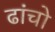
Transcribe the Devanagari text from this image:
ढांचो